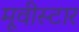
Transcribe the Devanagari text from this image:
मूवीस्टार